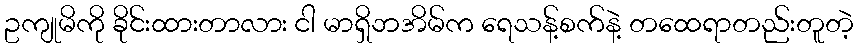
ဥကျုမိကို ခိုင်းထားတာလား ငါ မာရှိဘအိမ်က ရေသန့်စက်နဲ့ တထေရာတည်းတူတဲ့